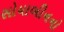
સોયાબીનનો